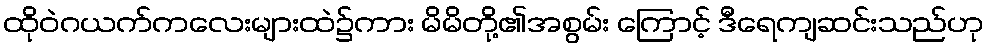
ထိုဝဲဂယက်ကလေးများထဲ၌ကား မိမိတို့၏အစွမ်း ကြောင့် ဒီရေကျဆင်းသည်ဟု